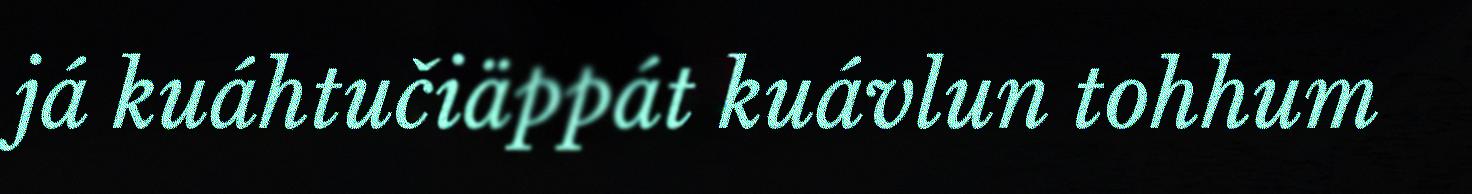
já kuáhtučiäppát kuávlun tohhum